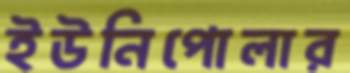
ইউনিপোলার